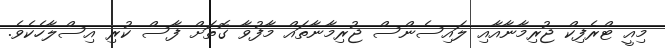
މިއީ ޓްރެފިކް ޖުރިމާނާއާއި ލައިސެންސް ޖުރިމާނާތައް މާފުވާ ގޮތަށް ފާސް ކުރި އިސްލާހެކެވެ.